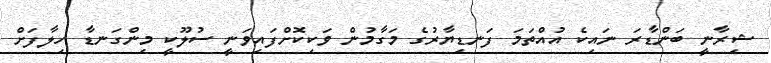
ޝިރާނީ ބަންޑާރަ ނައިކެ އުއްތަމަ ފަނޑިޔާރުގެ މަގާމުން ވަކިކޮށްފައިވަނީ ސުލޫކީ މިންގަނޑާ ހިލާފަށް